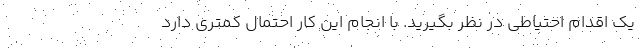
یک اقدام احتیاطی در نظر بگیرید. با انجام این کار احتمال کمتری دارد